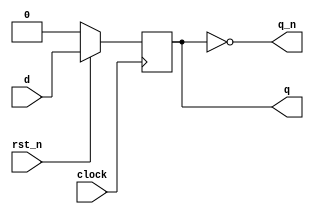
module dff (
  input rst_n, clock,
  input d,
  output reg q,
  output q_n
);

  always @(posedge clock )
    if( !rst_n )
      q <= 0;
    else
      q <= d;

  assign q_n = ~q;

endmodule

module dff4bit (
  input rst_n, clock,
  input [3:0] D,
  output [3:0] Q
);

  wire [3:0] q_bar;

  dff U0 ( rst_n, clock, D[0], Q[0], q_bar[0] );
  dff U1 ( rst_n, clock, D[1], Q[1], q_bar[1] );
  dff U2 ( rst_n, clock, D[2], Q[2], q_bar[2] );
  dff U3 ( rst_n, clock, D[3], Q[3], q_bar[3] );

endmodule